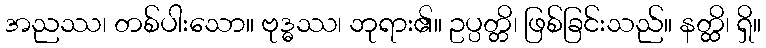
အညဿ၊ တစ်ပါးသော။ ဗုဒ္ဓဿ၊ ဘုရား၏။ ဥပ္ပတ္တိ၊ ဖြစ်ခြင်းသည်။ နတ္ထိ၊ ရှိ။